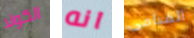
الكولا انه القدامى